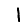
Digit: 1